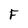
Character: F